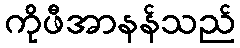
ကိုဖီအာနန်သည်